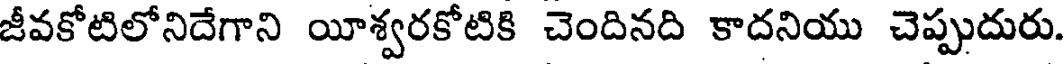
జీవకోటిలోనిదేగాని యీశ్వరకోటికి చెందినది కాదనియు చెప్పుదురు.